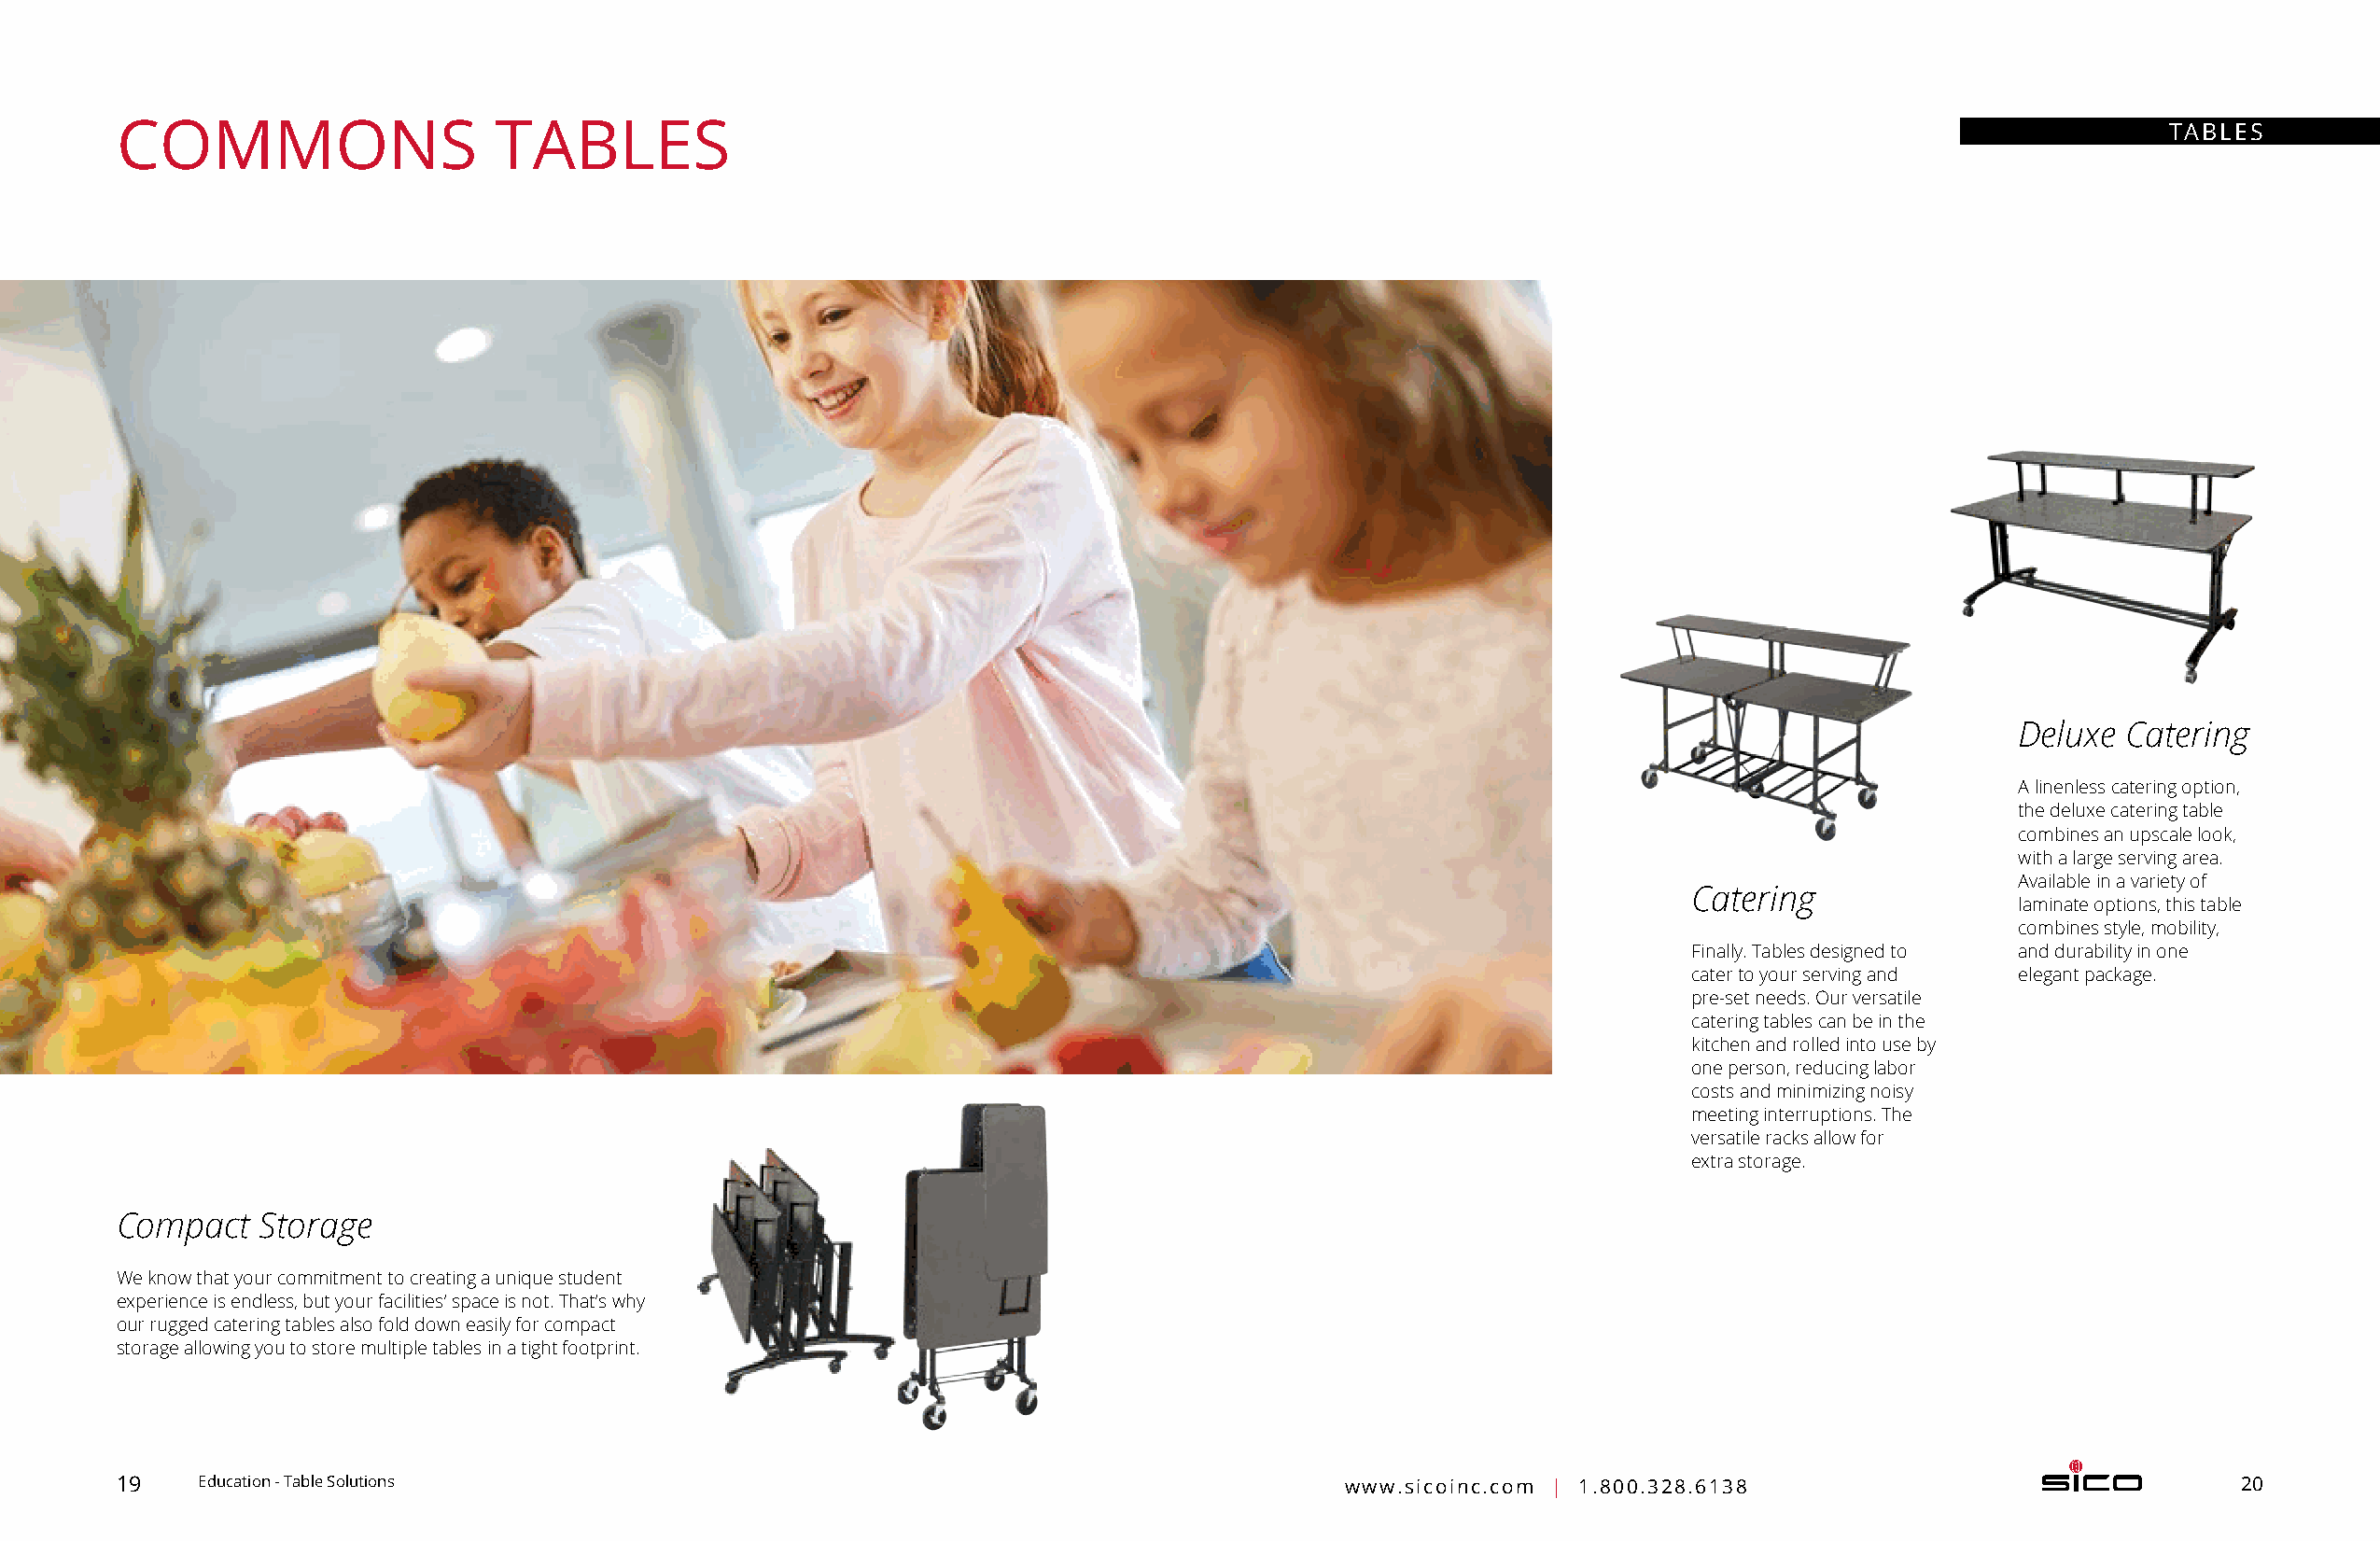
COMMONS                    TABLES                                                                                                                 TABLES
 Deluxe  Catering
 A linenless catering option,
 the deluxe catering table
 combines an upscale look,
 with a large serving area.
 Available in a variety of
 Catering
 laminate options, this table
 combines style, mobility,
 Finally. Tables designed to and durability in one
 cater to your serving and elegant package.
 pre-set needs. Our versatile
 catering tables can be in the
 kitchen and rolled into use by
 one person, reducing labor
 costs and minimizing noisy
 meeting interruptions. The
 versatile racks allow for
 extra storage.
 Compact   Storage
 We know that your commitment to creating a unique student
 experience is endless, but your facilities’ space is not. That’s why
 our rugged catering tables also fold down easily for compact
 storage allowing you to store multiple tables in a tight footprint.
 19    Education - Table Solutions                                                      www.sicoinc.com | 1.800.328.6138                                20